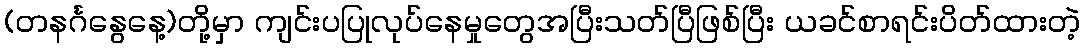
(တနင်္ဂနွေနေ့)တို့မှာ ကျင်းပပြုလုပ်နေမှုတွေအပြီးသတ်ပြီဖြစ်ပြီး ယခင်စာရင်းပိတ်ထားတဲ့